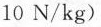
10N/kg)